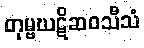
တုမ္ဗဃဋိဆဝသီသံ